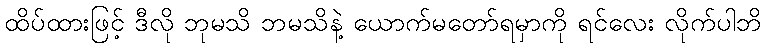
ထိပ်ထားဖြင့် ဒီလို ဘုမသိ ဘမသိနဲ့ ယောက်မတော်ရမှာကို ရင်လေး လိုက်ပါဘိ